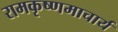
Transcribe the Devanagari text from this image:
रामकृष्णमाचार्य